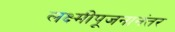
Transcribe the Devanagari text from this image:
लक्ष्मीपूजनानंतर